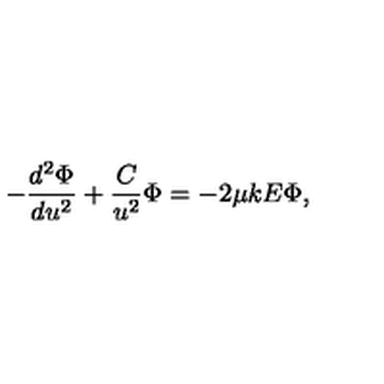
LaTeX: - \frac { d ^ { 2 } \Phi } { d u ^ { 2 } } + \frac { C } { u ^ { 2 } } \Phi = - 2 \mu k E \Phi ,